Annual administration report of the Civil Veterinary Department of India - 1892-1893
Year: 1892
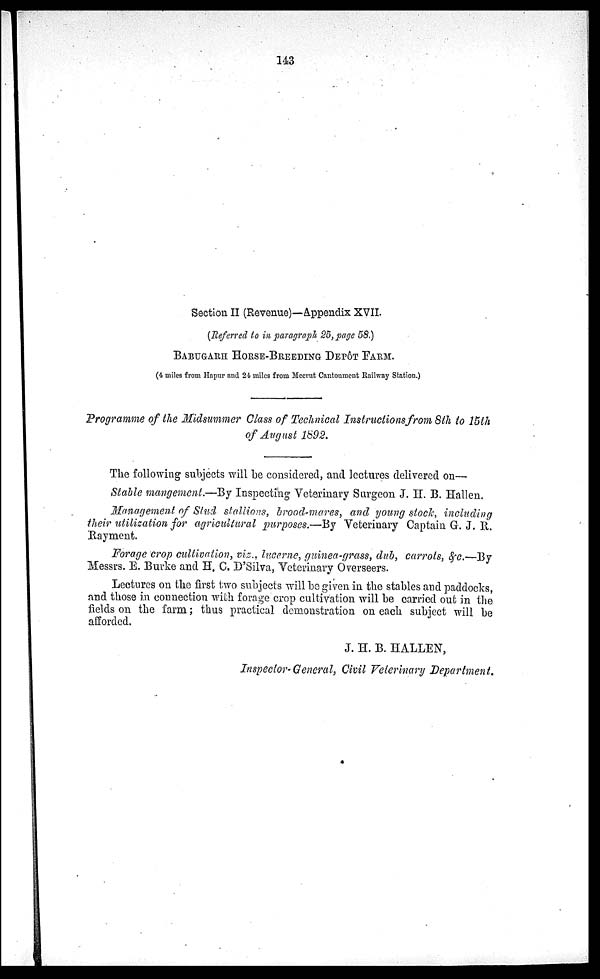
143
Section II (Revenue)—Appendix XVII.
(Referred to in paragraph 25, page 58.)
BABUGARH HORSE-BREEDING DEPÔT FARM.
(4 miles from Hapur and 24 miles from Meerut Cantonment Railway Station.)
Programme of the Midsummer Class of Technical Instructions from 8th to 15th
of August 1892.
The following subjects will be considered, and lectures delivered on—
Stable mangement.—By Inspecting Veterinary Surgeon J. H. B. Hallen.
Management of Stud stallions, brood-mares, and young stock, including
their utilization for agricultural purposes.—By Veterinary Captain G. J. R.
Rayment.
Forage crop cultivation, viz., lucerne, guinea-grass, dub, carrots, &c.—By
Messrs. E. Burke and H. C. D'Silva, Veterinary Overseers.
Lectures on the first two subjects will be given in the stables and paddocks,
and those in connection with forage crop cultivation will be carried out in the
fields on the farm; thus practical demonstration on each subject will be
afforded.
J. H. B. HALLEN,
Inspector-General, Civil Veterinary Department.